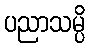
ပညာသမ္ပိ